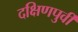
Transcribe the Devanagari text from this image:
दक्षिणपुर्वी